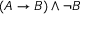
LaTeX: ( A \to B ) \land \neg B